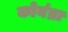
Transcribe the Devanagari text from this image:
कोयंब्रा